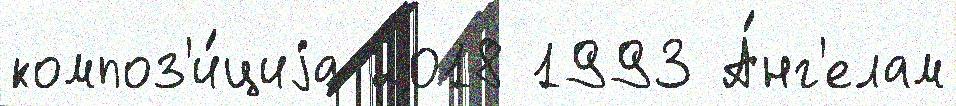
композ'и́циjа 2018 1993 А́нг'елам